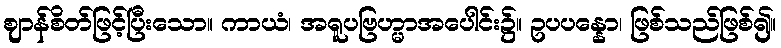
ဈာန်စိတ်ဖြင့်ပြီးသော။ ကာယံ၊ အရူပဗြဟ္မာအပေါင်း၌။ ဥပပန္နော၊ ဖြစ်သည်ဖြစ်၍။